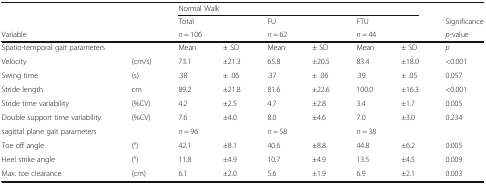
<table><thead><tr><td></td><td></td><td colspan="6"><b>Normal Walk</b></td><td></td></tr><tr><td></td><td></td><td colspan="2"><b>Total</b></td><td colspan="2"><b>FU</b></td><td colspan="2"><b>FTU</b></td><td><b>Significance</b></td></tr><tr><td><b>Variable</b></td><td></td><td colspan="2"><b><i>n</i> = 106</b></td><td colspan="2"><b><i>n</i> = 62</b></td><td colspan="2"><b><i>n</i> = 44</b></td><td><b><i>p</i>-value</b></td></tr></thead><tbody><tr><td>Spatio-temporal gait parameters</td><td></td><td>Mean</td><td>± SD</td><td>Mean</td><td>± SD</td><td>Mean</td><td>± SD</td><td><i>p</i></td></tr><tr><td>Velocity</td><td>(cm/s)</td><td>73.1</td><td>±21.3</td><td>65.8</td><td>±20.5</td><td>83.4</td><td>±18.0</td><td>&lt;0.001</td></tr><tr><td>Swing time</td><td>(s)</td><td>.38</td><td>± .06</td><td>.37</td><td>± .06</td><td>.39</td><td>± .05</td><td>0.057</td></tr><tr><td>Stride length</td><td>cm</td><td>89.2</td><td>±21.8</td><td>81.6</td><td>±22.6</td><td>100.0</td><td>±16.3</td><td>&lt;0.001</td></tr><tr><td>Stride time variability</td><td>(%CV)</td><td>4.2</td><td>±2.5</td><td>4.7</td><td>±2.8</td><td>3.4</td><td>±1.7</td><td>0.005</td></tr><tr><td>Double support time variability</td><td>(%CV)</td><td>7.6</td><td>±4.0</td><td>8.0</td><td>±4.6</td><td>7.0</td><td>±3.0</td><td>0.234</td></tr><tr><td>sagittal plane gait parameters</td><td></td><td colspan="2"><i>n</i> = 96</td><td colspan="2"><i>n</i> = 58</td><td colspan="2"><i>n</i> = 38</td><td></td></tr><tr><td>Toe off angle</td><td>(°)</td><td>42.1</td><td>±8.1</td><td>40.6</td><td>±8.8</td><td>44.8</td><td>±6.2</td><td>0.005</td></tr><tr><td>Heel strike angle</td><td>(°)</td><td>11.8</td><td>±4.9</td><td>10.7</td><td>±4.9</td><td>13.5</td><td>±4.5</td><td>0.009</td></tr><tr><td>Max. toe clearance</td><td>(cm)</td><td>6.1</td><td>±2.0</td><td>5.6</td><td>±1.9</td><td>6.9</td><td>±2.1</td><td>0.003</td></tr></tbody></table>